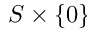
S \times \{ 0 \}